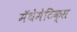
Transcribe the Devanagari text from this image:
मॅथेमेटिक्स